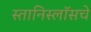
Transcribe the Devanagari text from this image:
स्तानिस्लॉसचे